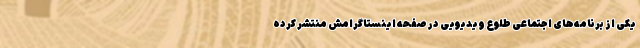
یکی از برنامه‌های اجتماعی طلوع ویدیویی در صفحه اینستاگرامش منتشر کرده